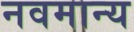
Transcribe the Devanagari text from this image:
नवमान्य